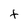
Character: t